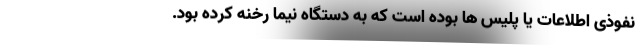
نفوذی اطلاعات یا پلیس ها بوده است که به دستگاه نیما رخنه کرده بود.